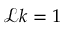
\mathcal { L } k = 1